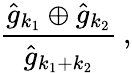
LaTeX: \frac{\hat{g}_{k_{1}}\oplus\hat{g}_{k_{2}}}{\hat{g}_{k_{1}+k_{2}}}\: ,